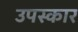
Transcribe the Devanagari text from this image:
उपस्‍कार